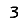
Digit: 3